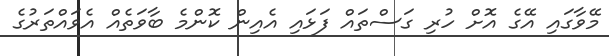
މޭވާގައި އޭގެ އޮށް ހުރި ގަސްތައް ފަޅައި އެއިން ކޮންމެ ބާވަތެއް އެވައްތަރުގެ